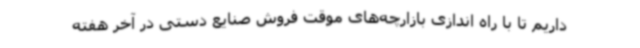
داریم تا با راه اندازی بازارچه‌های موقت فروش صنایع دستی در آخر هفته